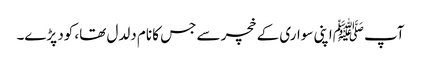
آپ ﷺاپنی سواری کے خچر سے جس کا نام دلدل تھا، کود پڑے۔